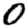
Digit: 0